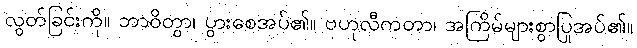
လွတ်ခြင်းကို။ ဘာဝိတွာ၊ ပွားစေအပ်၏။ ဗဟုလီကတာ၊ အကြိမ်များစွာပြုအပ်၏။